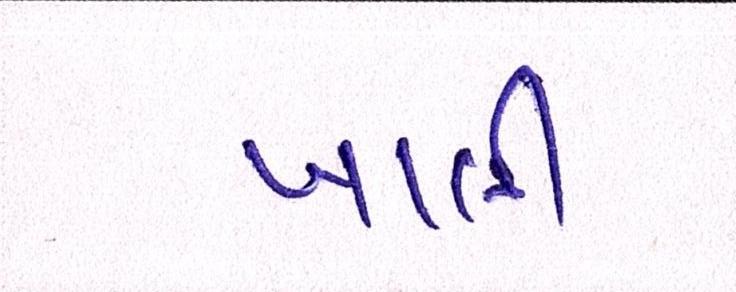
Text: ખાલી